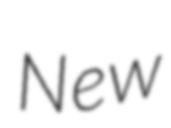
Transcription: New